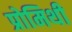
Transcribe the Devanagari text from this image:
प्रोमिथी